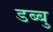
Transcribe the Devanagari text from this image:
डब्बु